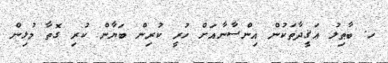
ހ. ބާޠިލު ޢަޤީދާތަކުން އިންސާނާއަށް ހުރީ ކުރިން ބަޔާން ކުރި ގޮތާ މުޅިން